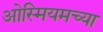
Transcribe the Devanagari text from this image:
ओस्मियमच्या